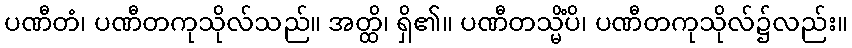
ပဏီတံ၊ ပဏီတကုသိုလ်သည်။ အတ္ထိ၊ ရှိ၏။ ပဏီတသ္မိံပိ၊ ပဏီတကုသိုလ်၌လည်း။